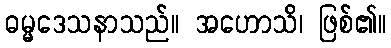
ဓမ္မဒေသနာသည်။ အဟောသိ၊ ဖြစ်၏။